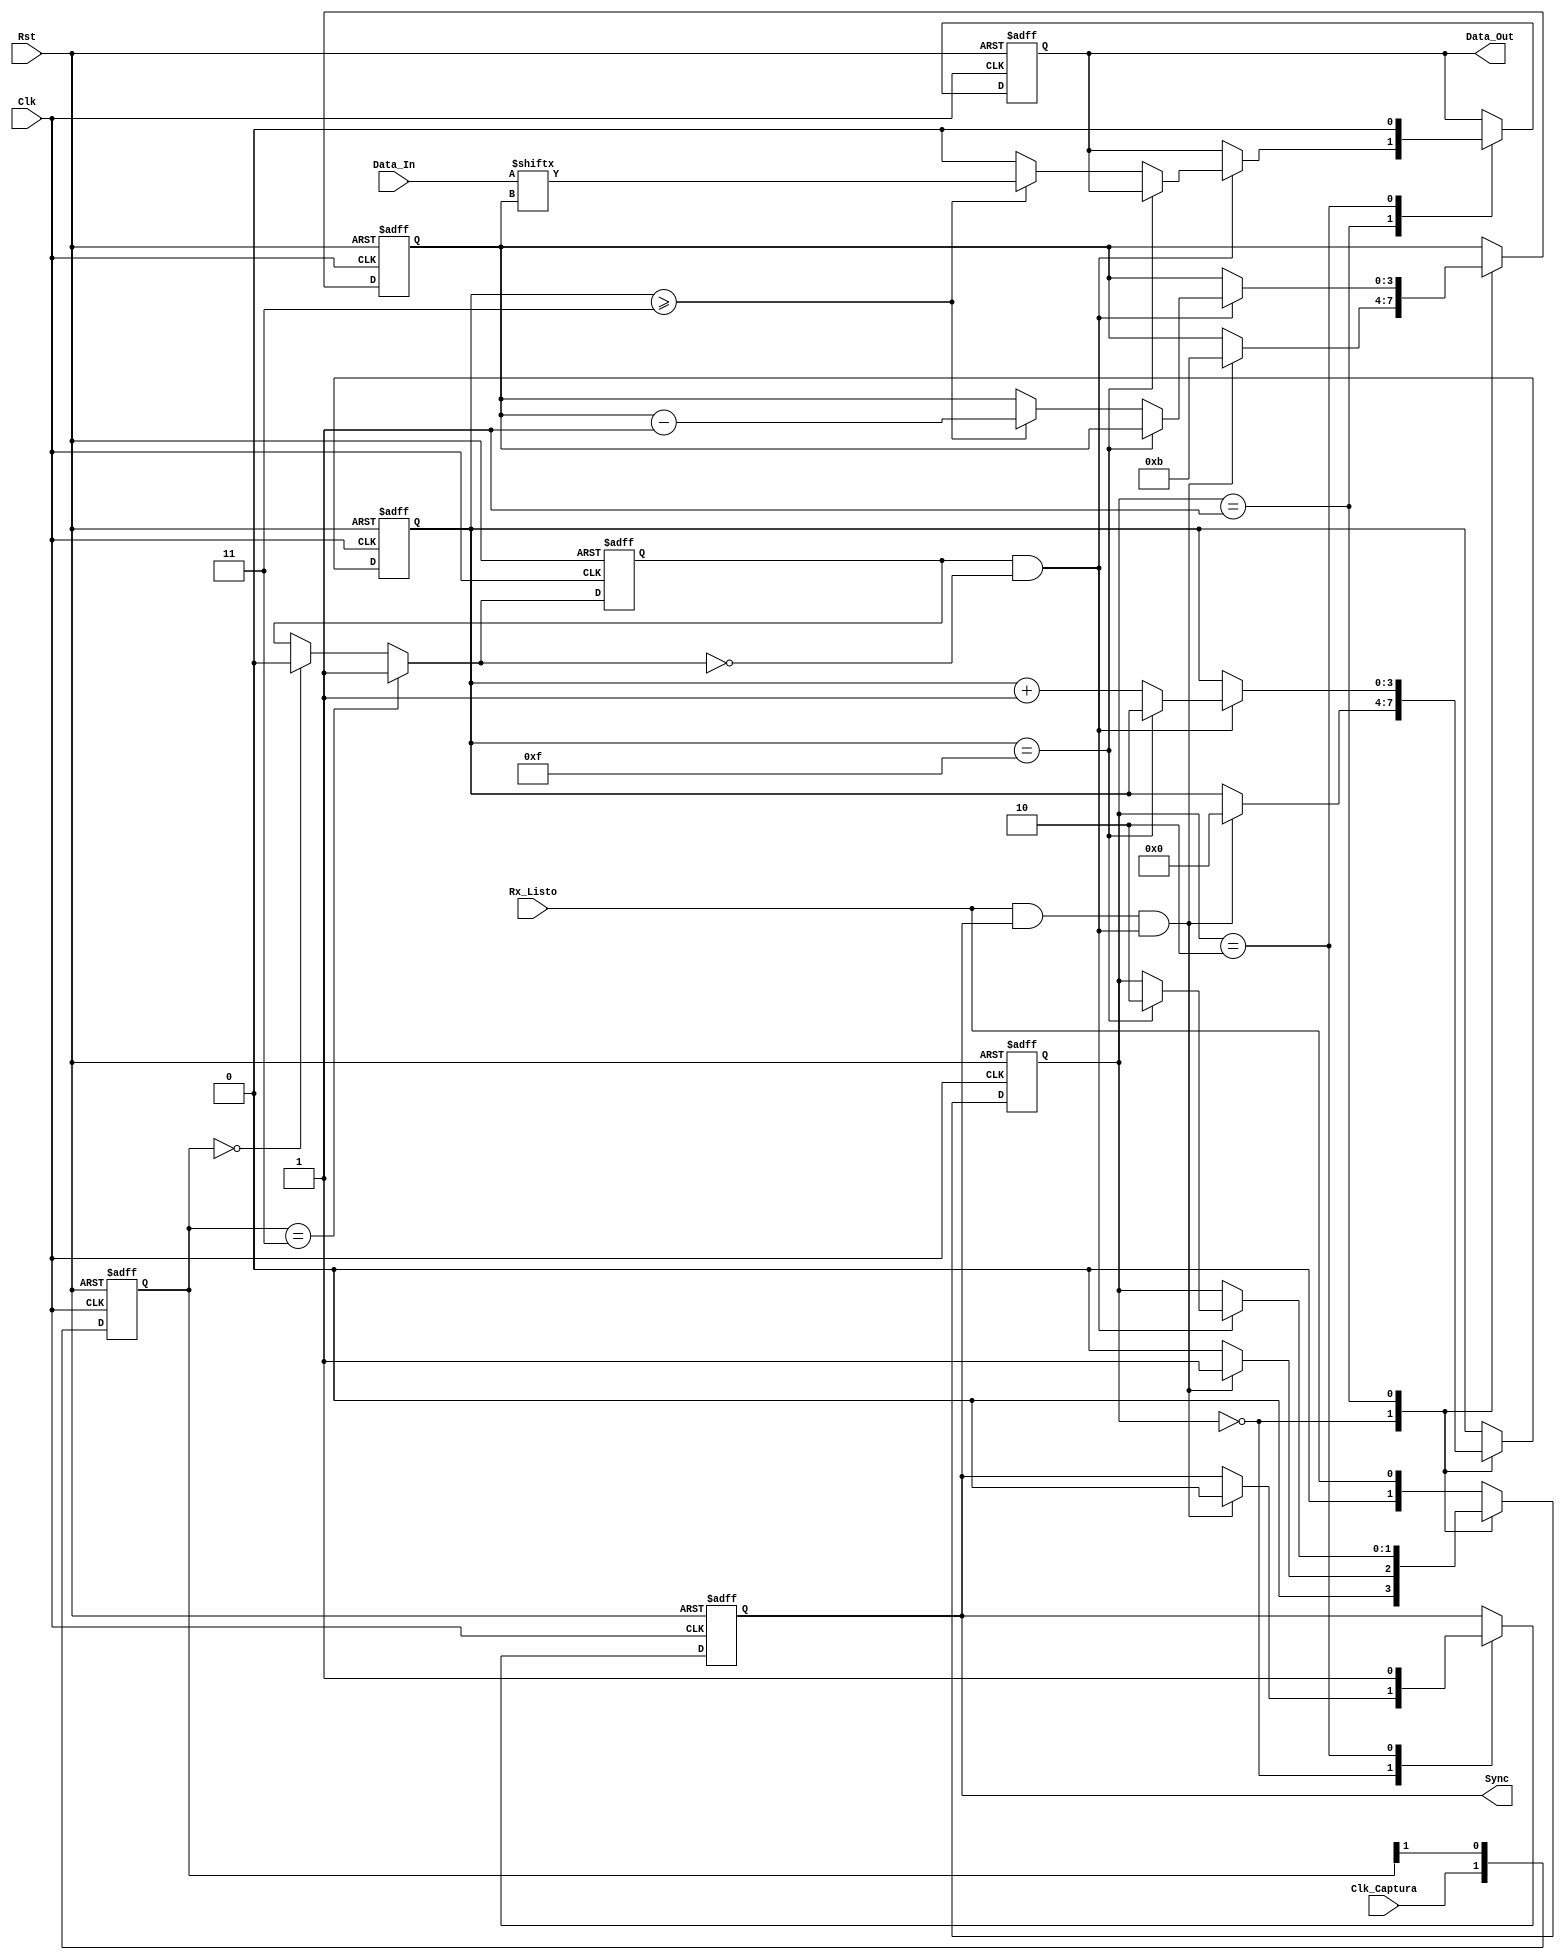
`timescale 1ns / 1ps
//////////////////////////////////////////////////////////////////////////////////
// Company: 
// Engineer: 
// 
// Design Name: 
// Module Name:    DAC_Recep 
// Project Name: 
// Target Devices: 
// Tool versions: 
// Description: 
//
// Dependencies: 
//
// Revision: 
// Revision 0.01 - File Created
// Additional Comments: 
//
//////////////////////////////////////////////////////////////////////////////////
module DAC_Recep(
	input wire Clk_Captura,Rst,Clk,
	input wire [11:0] Data_In,
	input wire Rx_Listo, 
	output wire Sync,
	output wire Data_Out
    );

//Se definen los estados de la FSM a utilizar 

localparam [1:0]
		Inicio = 2'b00,
		Envio = 2'b01,
		Listo = 2'b10;

//variables necesarias para el funcionanmiento de la FSM

reg Data_Actual,Data_Next;
reg [3:0] Bit_Actual,Bit_Next;
reg Sync_Actual,Sync_Next;
reg [1:0] Est_Actual,Est_Next;
reg [3:0] Cont_Actual,Cont_Next;
reg D_Listo;
reg [1:0] Val_Actual;
wire [1:0] Val_Next;
reg Clk_DActual;
wire Clk_DNext;

//Detector de flancos

always @(posedge Clk, posedge Rst)

  if (Rst)
     begin 
	      Val_Actual <= 0;
			Clk_DActual <= 0;
	  end 
	  
  else 
     begin 
	      Val_Actual <= Val_Next;
			Clk_DActual <= Clk_DNext;
	  end 
	
	assign Val_Next =  {Clk_Captura,Val_Actual[1]};
   assign Clk_DNext =  (Val_Actual==2'b11) ? 1'b1:
		                 (Val_Actual==2'b00) ? 1'b0:
								  Clk_DActual;
								  
	assign fall_edge = Clk_DActual & ~ Clk_DNext; 

//Estructura para definicin de Estado Actual-Siguiente
always@(negedge Clk, posedge Rst)
       begin 
		      if(Rst)
				   begin
				   Data_Actual <= 0;
               Sync_Actual <= 1;
					Est_Actual <= 0;
					Cont_Actual <= 0;
					Bit_Actual <= 0;
				   end
					
            else 
				   begin 
				   Data_Actual <= Data_Next;
					Sync_Actual <= Sync_Next;
					Est_Actual <= Est_Next;
					Cont_Actual <= Cont_Next;
					Bit_Actual <= Bit_Next;
					end 
			end 
			
//Estructura para definicin de Estados Siguientes, se utilizan dos contadores para recorrer 
//los paquetes de datos que ingresan, uno cuenta hacia arriba y el otro hacia abajo, a partir de esto, 
//los datos entrantes en paralelo, salen del modulo en serie, listos para ingresar al Pmod

always @*
      begin 
		Data_Next = Data_Actual;
		Sync_Next =Sync_Actual;
		Est_Next = Est_Actual;
		Cont_Next = Cont_Actual;
		Bit_Next = Bit_Actual; 
		case (Est_Actual)
		      
				Inicio:   if(Rx_Listo && Sync_Next && fall_edge)
				             begin
				             Sync_Next = 1'b0;
								 Bit_Next = 4'd11; 
								 Cont_Next = 4'd0;

							    Est_Next = Envio;
							    end 
							 else 
							    Est_Next = Inicio;
								 
				Envio:   if(fall_edge)
			              begin
			               if (Cont_Next == 15)
						          begin
								    Est_Next = Listo;
                            end 
						  
						      else if (Cont_Next >= 3)
							        begin 
							        Data_Next = Data_In [Bit_Next] ;
							        Bit_Next = Bit_Next - 1'b1 ;
							        Cont_Next = Cont_Next + 1'b1 ;
							        end
									  
							    else 
							        begin 
								     Data_Next = 1'b0;
								     Cont_Next = Cont_Next + 1'b1;
								     end 
								end 
				Listo:
			            begin
						   Data_Next = 1'b0;
							Sync_Next = 1'b1;
							Est_Next = Rx_Listo;
							end 
							
			default: 	Est_Next = Rx_Listo;
			
			endcase
			end 


//Definicion de salidas para la FSM
assign Sync = Sync_Actual;
assign Data_Out= Data_Actual;

endmodule